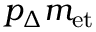
p _ { \Delta } m _ { \mathrm { e t } }